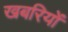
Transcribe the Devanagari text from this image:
खबरियों